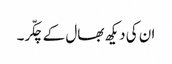
ان کی دیکھ بھال کے چکّر۔